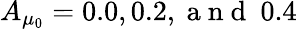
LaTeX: A_{\mu_{0}}=0.0,0.2,\mathrm{~a~n~d~}\ 0.4